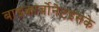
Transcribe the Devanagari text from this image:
बाइकार्बोनेटइसके